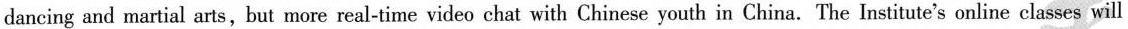
dancing and martial arts,but more real-time video chat with Chinese youth in China. The Institute's online classes will